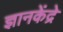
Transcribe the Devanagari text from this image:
ज्ञानकेंद्रे